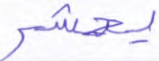
يحشر